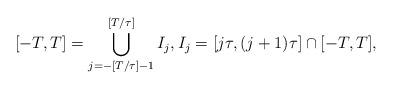
LaTeX: \begin{align*}[-T,T] = \bigcup_{j=-[ T/\tau]-1}^{[ T/\tau]} I_j,I_j = [j\tau, (j+1)\tau] \cap [-T,T],\end{align*}